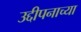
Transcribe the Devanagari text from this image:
उद्दीपनाच्या